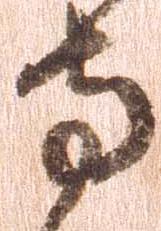
寺